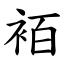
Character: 袹